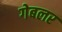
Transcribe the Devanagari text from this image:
गेबलर